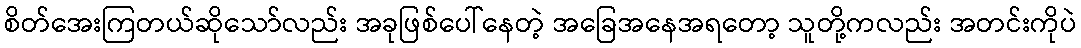
စိတ်အေးကြတယ်ဆိုသော်လည်း အခုဖြစ်ပေါ်နေတဲ့ အခြေအနေအရတော့ သူတို့ကလည်း အတင်းကိုပဲ